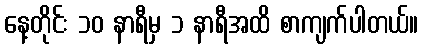
နေ့တိုင်း ၁၀ နာရီမှ ၁ နာရီအထိ စာကျက်ပါတယ်။